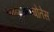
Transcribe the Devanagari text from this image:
बोतेस